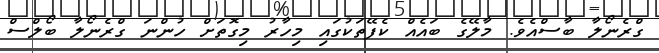
ގްރެނޯލާ ބާސްއެވެ. މާލޭގެ ބައެއް ކެފޭތަކުގައި މިހާރު މިގޮތަށް ހުންނަ ގްރެނޯލާ ބޯލްސް